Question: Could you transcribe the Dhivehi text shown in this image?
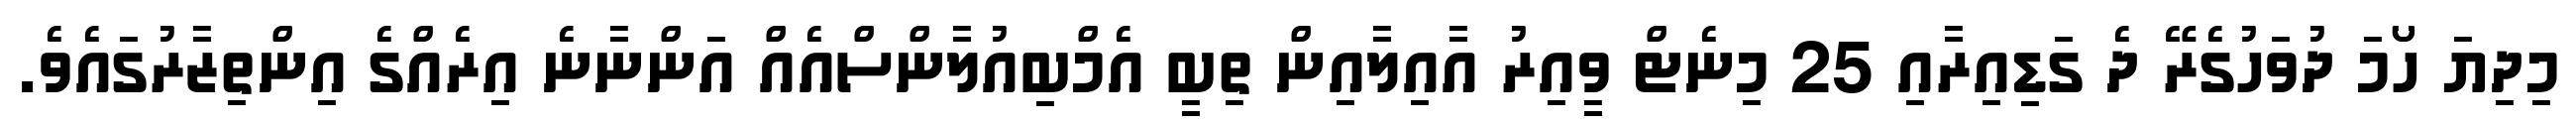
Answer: މިދިޔަ ހޯމަ ދުވަހުގެރޭ ދެ ގަޑިއިރާއި 25 މިނެޓް ވީއިރު އާއިލާއިން ތިބީ އެމްބިއުލާންސްއެއް އަންނާނެ އިރެއްގެ އިންތިޒާރުގައެވެ.